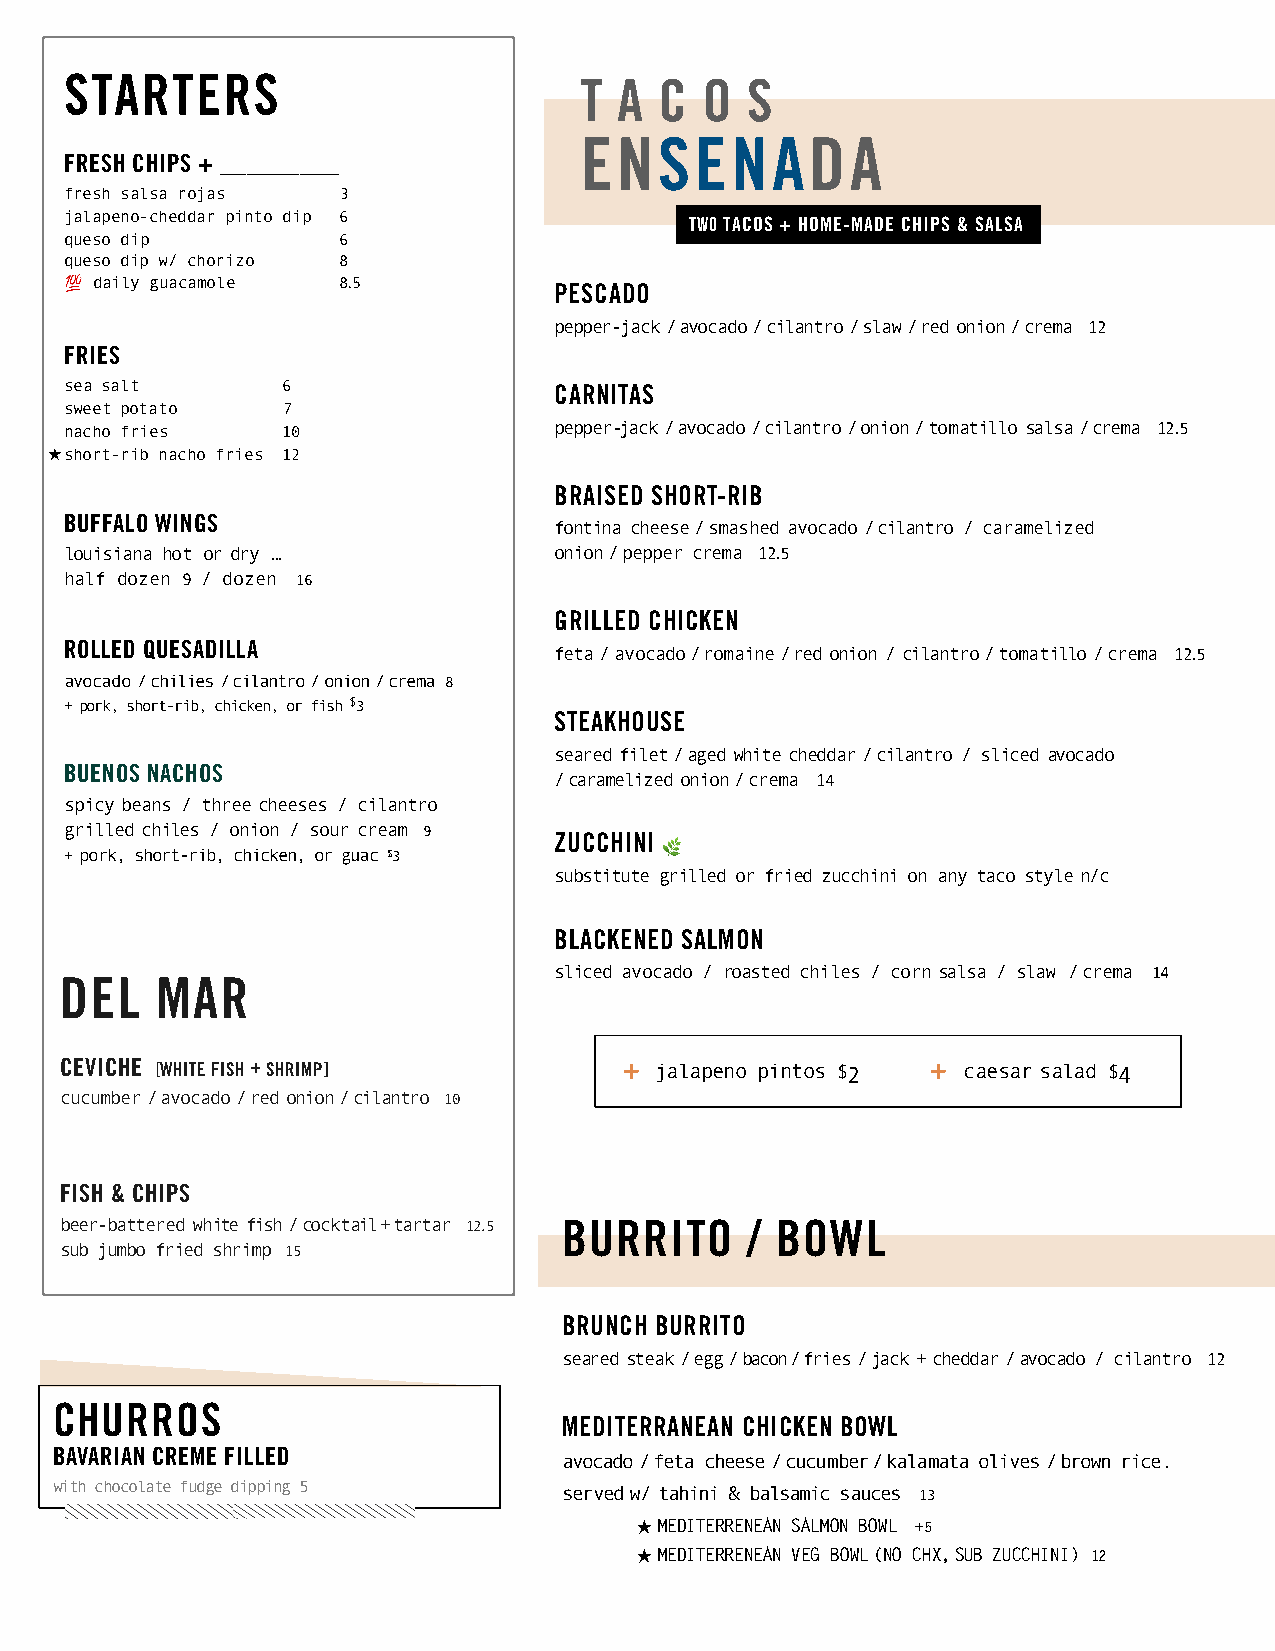
STARTERS                          T  A  C  O S
 ENSENADA
 FRESH CHIPS + _________
 fresh salsa rojas 3
 jalapeno-cheddar pinto dip 6
 TWO TACOS + HOME-MADE CHIPS & SALSA
 queso dip         6
 queso dip w/ chorizo 8
 💯 daily guacamole 8.5            PESCADO
 pepper-jack / avocado / cilantro / slaw / red onion / crema 12
 FRIES
 sea salt       6                 CARNITAS
 sweet potato   7
 nacho fries    10                pepper-jack / avocado / cilantro / onion / tomatillo salsa / crema 12.5
 ★short-rib nacho fries 12
 BRAISED SHORT-RIB
 BUFFALO WINGS                    fontina cheese / smashed avocado / cilantro / caramelized
 louisiana hot or dry …           onion / pepper crema 12.5
 half dozen 9 / dozen 16
 GRILLED CHICKEN
 ROLLED QUESADILLA                feta / avocado / romaine / red onion / cilantro / tomatillo / crema 12.5
 avocado / chilies / cilantro / onion / crema 8
 + pork, short-rib, chicken, or fish $3
 STEAKHOUSE
 seared filet / aged white cheddar / cilantro / sliced avocado
 BUENOS NACHOS
 / caramelized onion / crema 14
 spicy beans / three cheeses / cilantro
 grilled chiles / onion / sour cream 9
 ZUCCHINI
 + pork, short-rib, chicken, or guac $3  🌿
 substitute grilled or fried zucchini on any taco style n/c
 BLACKENED SALMON
 sliced avocado / roasted chiles / corn salsa / slaw / crema 14
 DEL   MAR
 CEVICHE [WHITE FISH + SHRIMP]        + jalapeno pintos $2 + caesar salad $4
 cucumber / avocado / red onion / cilantro 10
 FISH & CHIPS
 beer-battered white fish / cocktail + tartar 12.5 BURRITO / BOWL
 sub jumbo fried shrimp 15
 BRUNCH BURRITO
 seared steak / egg / bacon / fries / jack + cheddar / avocado / cilantro 12
 CHURROS
 MEDITERRANEAN CHICKEN BOWL
 BAVARIAN CREME FILLED             avocado / feta cheese / cucumber / kalamata olives / brown rice.
 with chocolate fudge dipping 5    served w/ tahini & balsamic sauces 13
 ★ MEDITERRENEAN SALMON BOWL +5
 ★ MEDITERRENEAN VEG BOWL (NO CHX, SUB ZUCCHINI) 12